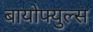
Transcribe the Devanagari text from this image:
बायोफ्युल्स